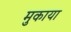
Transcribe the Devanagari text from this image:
मुकाया